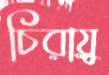
চিরায়ু